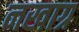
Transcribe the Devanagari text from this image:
नखाग्र